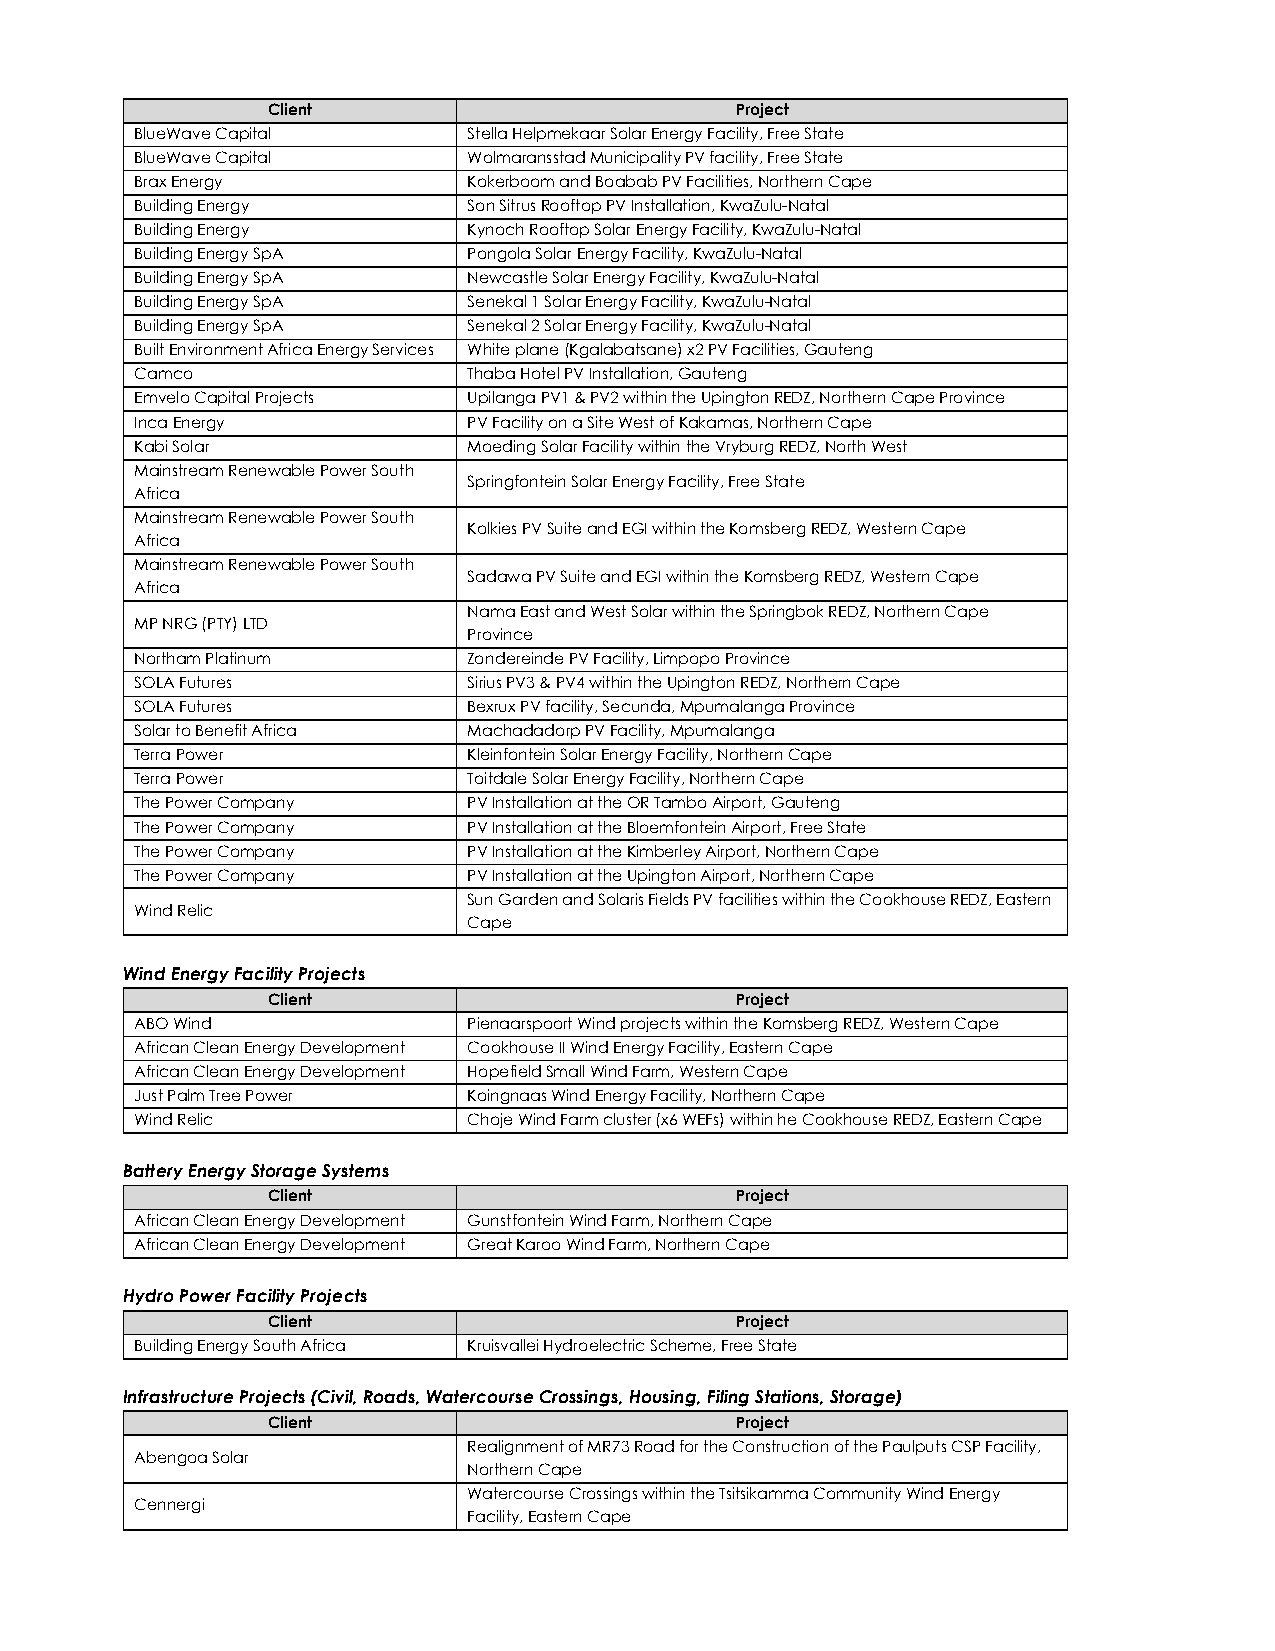
Client                         Project
 BlueWave Capital      Stella Helpmekaar Solar Energy Facility, Free State
 BlueWave Capital      Wolmaransstad Municipality PV facility, Free State
 Brax Energy           Kokerboom and Boabab PV Facilities, Northern Cape
 Building Energy       Son Sitrus Rooftop PV Installation, KwaZulu-Natal
 Building Energy       Kynoch Rooftop Solar Energy Facility, KwaZulu-Natal
 Building Energy SpA   Pongola Solar Energy Facility, KwaZulu-Natal
 Building Energy SpA   Newcastle Solar Energy Facility, KwaZulu-Natal
 Building Energy SpA   Senekal 1 Solar Energy Facility, KwaZulu-Natal
 Building Energy SpA   Senekal 2 Solar Energy Facility, KwaZulu-Natal
 Built Environment Africa Energy Services White plane (Kgalabatsane) x2 PV Facilities, Gauteng
 Camco                 Thaba Hotel PV Installation, Gauteng
 Emvelo Capital Projects Upilanga PV1 & PV2 within the Upington REDZ, Northern Cape Province
 Inca Energy           PV Facility on a Site West of Kakamas, Northern Cape
 Kabi Solar            Moeding Solar Facility within the Vryburg REDZ, North West
 Mainstream Renewable Power South
 Springfontein Solar Energy Facility, Free State
 Africa
 Mainstream Renewable Power South
 Kolkies PV Suite and EGI within the Komsberg REDZ, Western Cape
 Africa
 Mainstream Renewable Power South
 Sadawa PV Suite and EGI within the Komsberg REDZ, Western Cape
 Africa
 Nama East and West Solar within the Springbok REDZ, Northern Cape
 MP NRG (PTY) LTD
 Province
 Northam Platinum      Zondereinde PV Facility, Limpopo Province
 SOLA Futures          Sirius PV3 & PV4 within the Upington REDZ, Northern Cape
 SOLA Futures          Bexrux PV facility, Secunda, Mpumalanga Province
 Solar to Benefit Africa Machadadorp PV Facility, Mpumalanga
 Terra Power           Kleinfontein Solar Energy Facility, Northern Cape
 Terra Power           Toitdale Solar Energy Facility, Northern Cape
 The Power Company     PV Installation at the OR Tambo Airport, Gauteng
 The Power Company     PV Installation at the Bloemfontein Airport, Free State
 The Power Company     PV Installation at the Kimberley Airport, Northern Cape
 The Power Company     PV Installation at the Upington Airport, Northern Cape
 Sun Garden and Solaris Fields PV facilities within the Cookhouse REDZ, Eastern
 Wind Relic
 Cape
 Wind Energy Facility Projects
 Client                         Project
 ABO Wind              Pienaarspoort Wind projects within the Komsberg REDZ, Western Cape
 African Clean Energy Development Cookhouse II Wind Energy Facility, Eastern Cape
 African Clean Energy Development Hopefield Small Wind Farm, Western Cape
 Just Palm Tree Power  Koingnaas Wind Energy Facility, Northern Cape
 Wind Relic            Choje Wind Farm cluster (x6 WEFs) within he Cookhouse REDZ, Eastern Cape
 Battery Energy Storage Systems
 Client                         Project
 African Clean Energy Development Gunstfontein Wind Farm, Northern Cape
 African Clean Energy Development Great Karoo Wind Farm, Northern Cape
 Hydro Power Facility Projects
 Client                         Project
 Building Energy South Africa Kruisvallei Hydroelectric Scheme, Free State
 Infrastructure Projects (Civil, Roads, Watercourse Crossings, Housing, Filing Stations, Storage)
 Client                         Project
 Realignment of MR73 Road for the Construction of the Paulputs CSP Facility,
 Abengoa Solar
 Northern Cape
 Watercourse Crossings within the Tsitsikamma Community Wind Energy
 Cennergi
 Facility, Eastern Cape